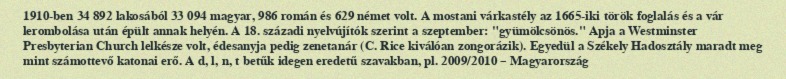
1910-ben 34 892 lakosából 33 094 magyar, 986 román és 629 német volt. A mostani várkastély az 1665-iki török foglalás és a vár lerombolása után épült annak helyén. A 18. századi nyelvújítók szerint a szeptember: "gyümölcsönös." Apja a Westminster Presbyterian Church lelkésze volt, édesanyja pedig zenetanár (C. Rice kiválóan zongorázik). Egyedül a Székely Hadosztály maradt meg mint számottevő katonai erő. A d, l, n, t betűk idegen eredetű szavakban, pl. 2009/2010 – Magyarország